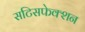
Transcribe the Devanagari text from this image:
सटिसफेक्शन